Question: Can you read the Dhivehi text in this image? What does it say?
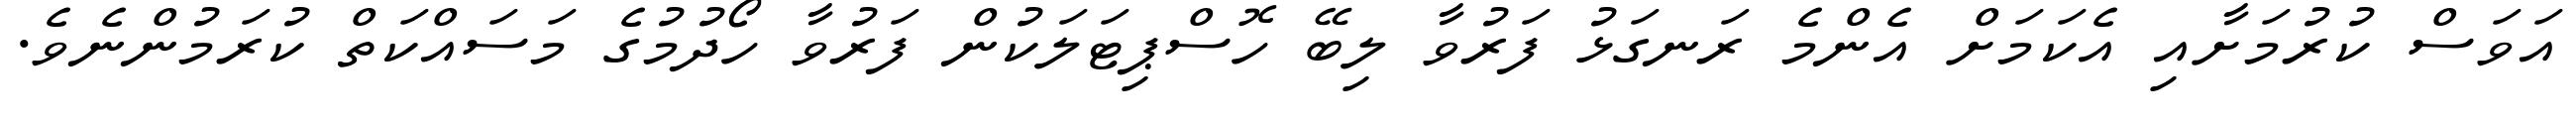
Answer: އަވަސް ކުރުމަށާއި އެކަމަށް އެންމެ ރަނގަޅު ފަރުވާ ލިބޭ ހޮސްޕިޓަލަކުން ފަރުވާ ހޯދުމުގެ މަސައްކަތް ކުރަމުންނެވެ.